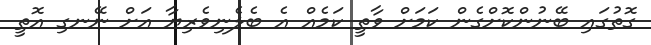
ގޮތުގައި ބޭނުންކޮށްގެން ކަމަށް ވާތީ ކަމެއް އެ ބެލެނިވެރިޔާ އަށް ނޭނގި އޮތީ